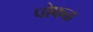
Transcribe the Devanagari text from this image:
पोफळ